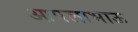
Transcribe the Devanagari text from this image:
आपलाभाऊ